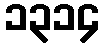
၁၃၁၄